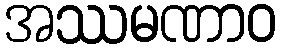
အဿမဏာဝ